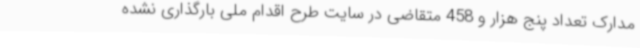
مدارک تعداد پنج هزار و 458 متقاضی در سایت طرح اقدام ملی بارگذاری نشده